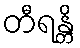
တီရန္တိ